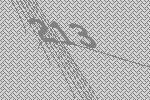
213